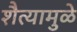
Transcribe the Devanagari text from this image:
शैत्यामुळे